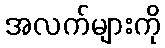
အလက်များကို